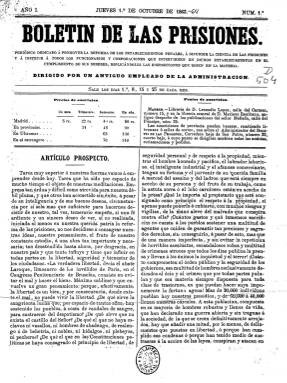
Título: Boletín de las prisiones
Colección: Establecimientos penitenciarios
Ámbito geográfico: Madrid
Lugar de publicación: Madrid
Fechas: 01/10/1863-23/10/1863

“Periódico dedicado a promover la reforma de los establecimientos penales, a difundir la ciencia de las prisiones y a instruir a todos los funcionarios y corporaciones que intervienen en dichos establecimientos en el cumplimiento de sus deberes, explicándoles las disposiciones que rigen en la materia” es la extensa explicación que aparece bajo este boletín, añadiendo que está “dirigido por un antiguo empleado de la Administración”, que con toda probabilidad es José Fernando Buitureira, cuyas iniciales aparecen como firma de los artículos publicados.

Con este título se editan cuatro entregas semanales, los días 1, 8, 15 y 23 del mes de octubre de 1863. Son de ocho páginas, compuestas a dos columnas y foliación continuada, que salen del Establecimiento Tipográfico de J. A. Ortigosa, que aparece indicado también como su editor responsable.

Iniciada la reforma del sistema penitenciario español, su redactor publica una serie de artículos sobre la historia de las prisiones, los sistemas carcelarios y penitenciarios, la arquitectura de sus establecimientos, las cuestiones del trabajo de los penados, y ofrece unas nociones generales de las propias penas.

El periódico contiene también una sección fija denominada Parte oficial, en la que incluye legislación y normativa sobre estas materias, emanada, principalmente, del Ministerio de la Gobernación, o sobre convenios internacionales de extradición; y otra que denomina Crónica criminal, especie de sección de sucesos de Madrid, provincias y el extranjero. También se dedica a dar noticias del movimiento del personal de prisiones.

A partir del 11 de noviembre, este título quedará ampliado a Boletín de las prisiones y revista general de Administración, redactado también por el citado José Fernando Buitureira, y que integra así mismo la colección de la Biblioteca Nacional de España.